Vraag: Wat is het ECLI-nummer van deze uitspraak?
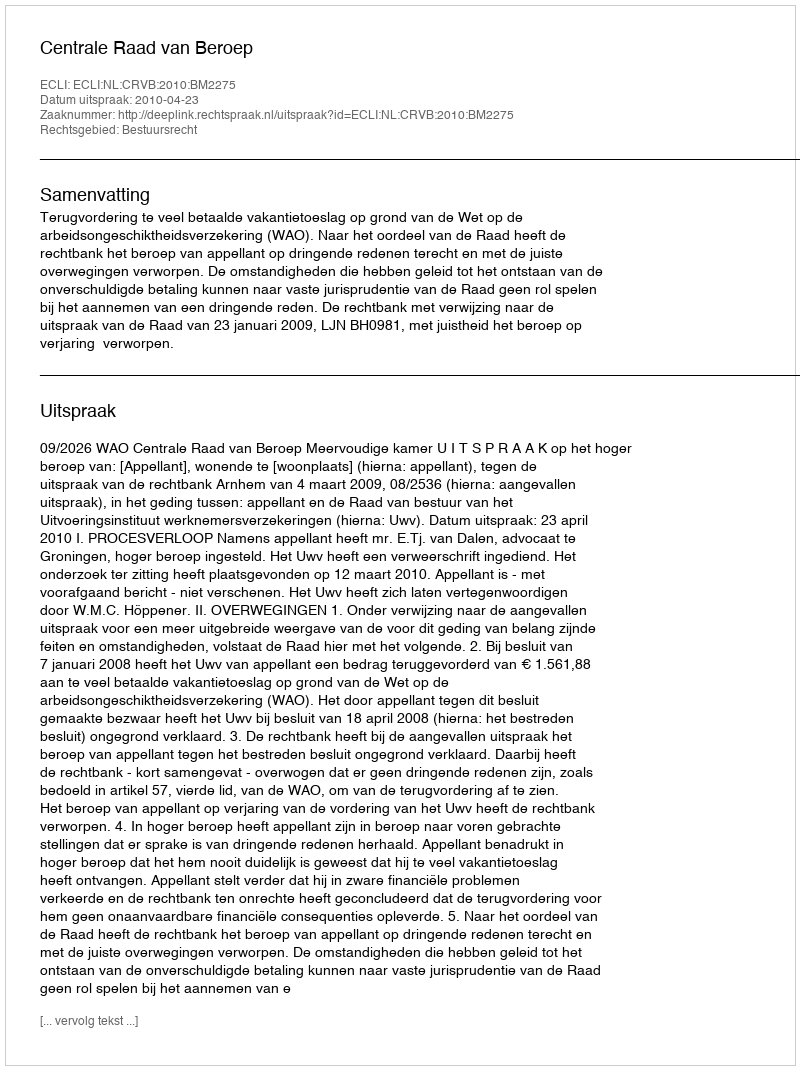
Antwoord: ECLI:NL:CRVB:2010:BM2275